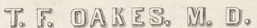
T.F. OAKES. M.D.